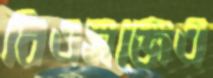
বিএসজেএ